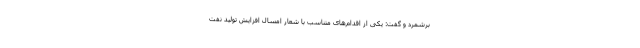
برشمرد و گفت: یکی از اقدام‌های متناسب با شعار امسال افزایش تولید نفت